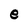
Character: e